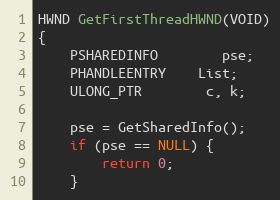
Language: C
HWND GetFirstThreadHWND(VOID)
{
	PSHAREDINFO		pse;
	PHANDLEENTRY	List;
	ULONG_PTR		c, k;

	pse = GetSharedInfo();
	if (pse == NULL) {
		return 0;
	}